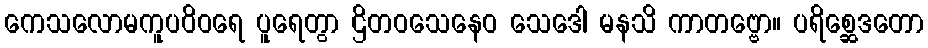
ကေသလောမကူပဝိဝရေ ပူရေတွာ ဌိတဝသေနေဝ သေဒေါ မနသိ ကာတဗ္ဗော။ ပရိစ္ဆေဒတော